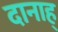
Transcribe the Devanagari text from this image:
दानाह्